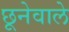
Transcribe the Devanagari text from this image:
छूनेवाले